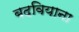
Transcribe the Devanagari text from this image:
बदवियाना